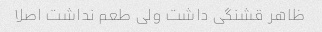
ظاهر قشنگی داشت ولی طعم نداشت اصلا